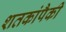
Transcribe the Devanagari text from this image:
शतकांपैकी